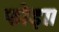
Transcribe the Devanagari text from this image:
फोड़ा।